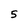
Character: 5